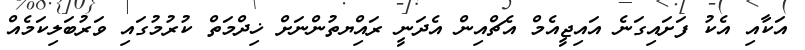
އަކާއި އެކު ފަށައިގަނެ އައިޖީއެމް އެޗްއިން އެދަނީ ރައްިޔތުންނަށް ޚިދްމަތް ކުރުމުގައި ވަރުބަލިކަމެއް